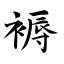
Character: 褥